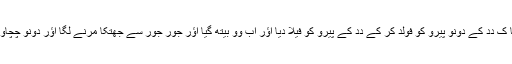
اَب مینے دیکھا کِ دِدِ کے دونو پیرو کو فولد کر کے دِدِ کے پیرو کو فیلا دِیا اؤر اَب وو بیتھ گیا اؤر جور جور سے جھتکا مرنے لگا اؤر دونو چُچِاو کو مسلنے لگا۔